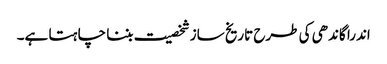
اندرا گاندھی کی طرح تاریخ ساز شخصیت بننا چا ہتا ہے۔